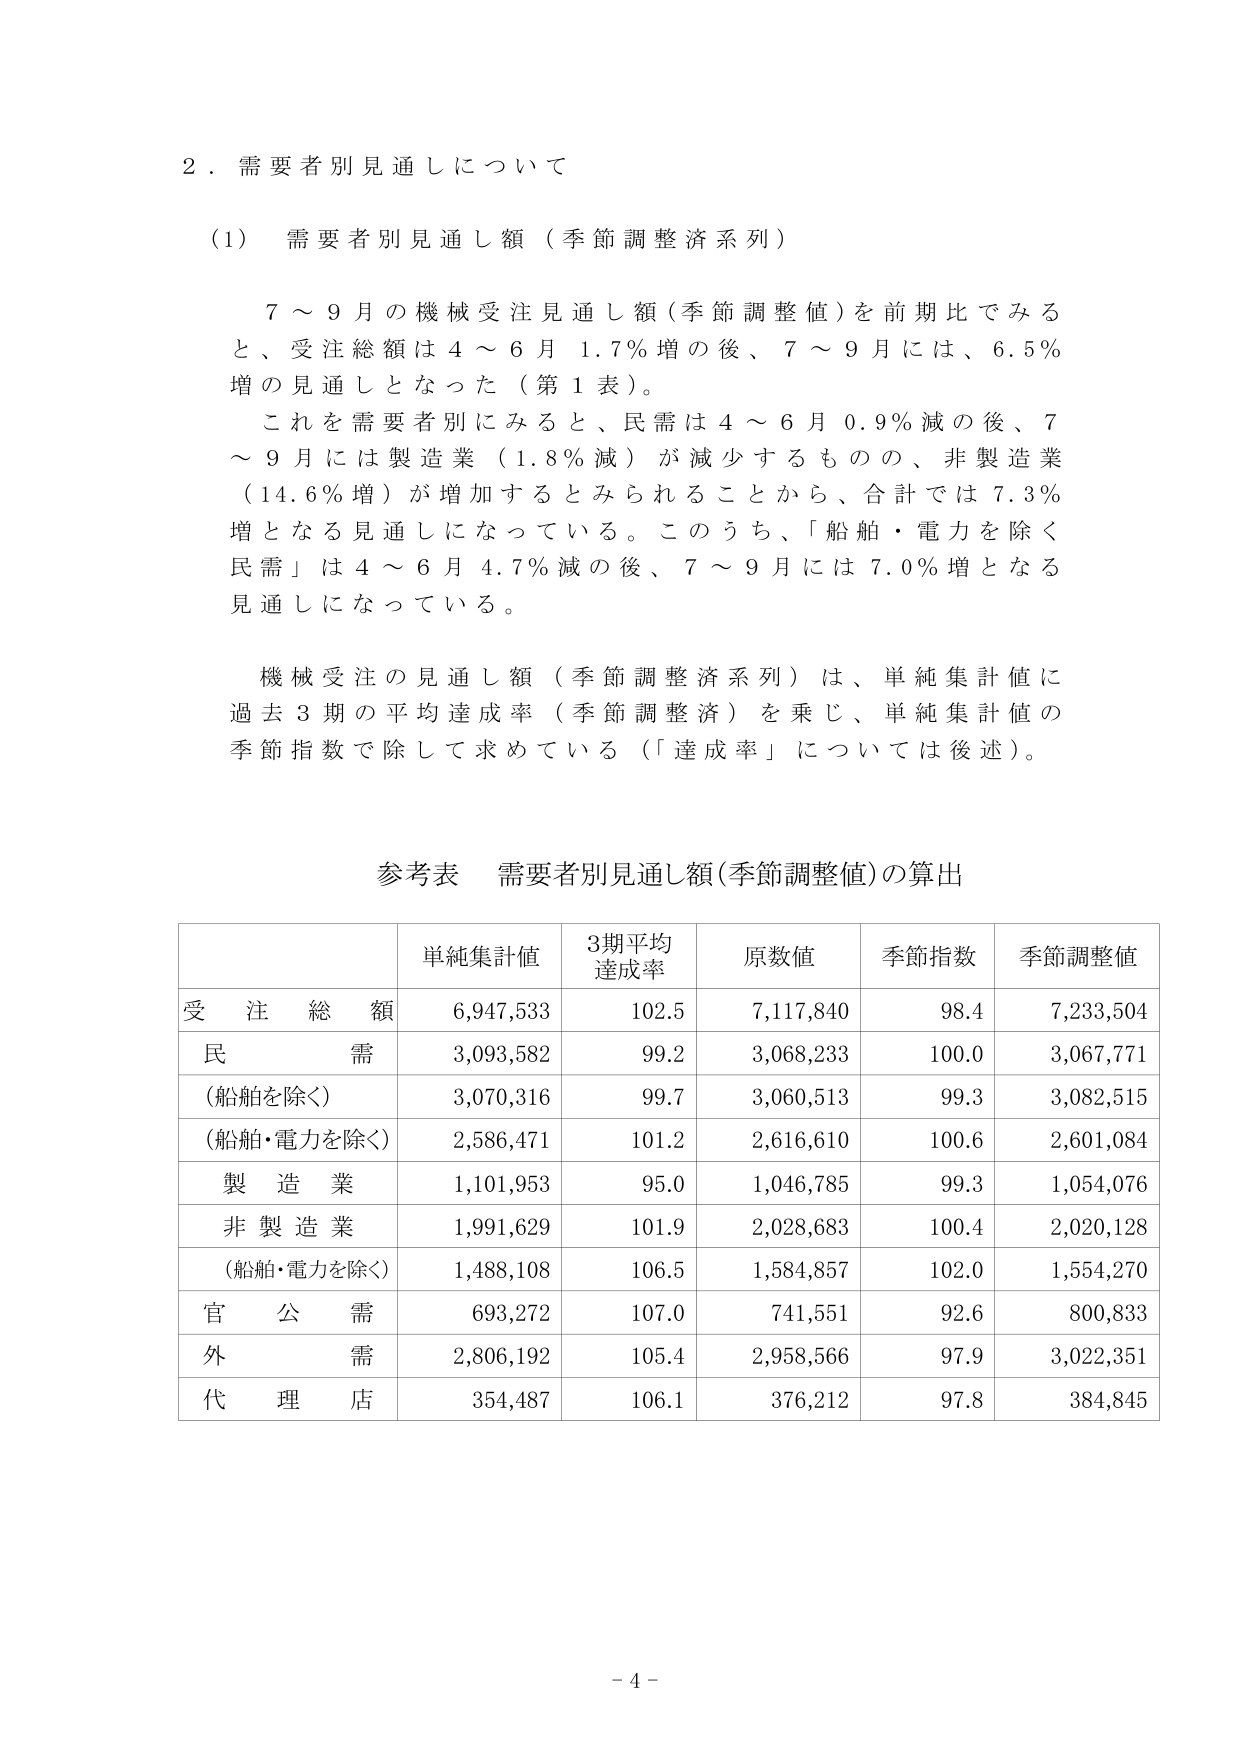
２．需要者別見通しについて

（1）需要者別見通し額（季節調整済系列）

７～９月の機械受注見通し額（季節調整値）を前期比でみると、受注総額は４～６月１．７％増の後、７～９月には、６．５％増の見通しとなった（第１表）。
これを需要者別にみると、民需は４～６月０．９％減の後、７～９月には製造業（１．８％減）が減少するものの、非製造業（１４．６％増）が増加するとみられることから、合計では７．３％増となる見通しになっている。このうち、「船舶・電力を除く民需」は４～６月４．７％減の後、７～９月には７．０％増となる見通しになっている。

機械受注の見通し額（季節調整済系列）は、単純集計値に過去３期の平均達成率（季節調整済）を乗じ、単純集計値の季節指数で除して求めている（「達成率」については後述）。

参考表 需要者別見通し額（季節調整値）の算出

| | 単純集計値 | 3期平均達成率 | 原数値 | 季節指数 | 季節調整値 |
|---|---|---|---|---|---|
| 受注総額 | 6,947,533 | 102.5 | 7,117,840 | 98.4 | 7,233,504 |
| 民需 | 3,093,582 | 99.2 | 3,068,233 | 100.0 | 3,067,771 |
| （船舶を除く） | 3,070,316 | 99.7 | 3,060,513 | 99.3 | 3,082,515 |
| （船舶・電力を除く） | 2,586,471 | 101.2 | 2,616,610 | 100.6 | 2,601,084 |
| 製造業 | 1,101,953 | 95.0 | 1,046,785 | 99.3 | 1,054,076 |
| 非製造業 | 1,991,629 | 101.9 | 2,028,683 | 100.4 | 2,020,128 |
| （船舶・電力を除く） | 1,488,108 | 106.5 | 1,584,857 | 102.0 | 1,554,270 |
| 官公需 | 693,272 | 107.0 | 741,551 | 92.6 | 800,833 |
| 外需 | 2,806,192 | 105.4 | 2,958,566 | 97.9 | 3,022,351 |
| 代理店 | 354,487 | 106.1 | 376,212 | 97.8 | 384,845 |

- 4 -